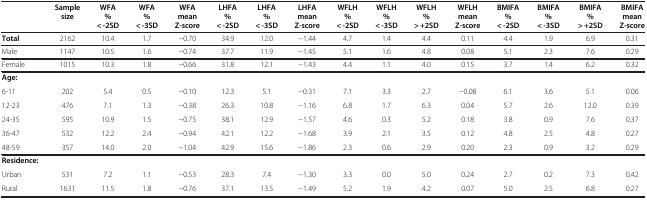
<table><thead><tr><td><b> </b></td><td><b>Sample size</b></td><td><b>WFA % &lt; -2SD</b></td><td><b>WFA % &lt; -3SD</b></td><td><b>WFA mean Z-score</b></td><td><b>LHFA % &lt; -2SD</b></td><td><b>LHFA % &lt; -3SD</b></td><td><b>LHFA mean Z-score</b></td><td><b>WFLH % &lt; -2SD</b></td><td><b>WFLH % &lt; -3SD</b></td><td><b>WFLH % &gt; +2SD</b></td><td><b>WFLH mean Z-score</b></td><td><b>BMIFA % &lt; -2SD</b></td><td><b>BMIFA % &lt; -3SD</b></td><td><b>BMIFA % &gt; +2SD</b></td><td><b>BMIFA mean Z-score</b></td></tr></thead><tbody><tr><td><b>Total</b></td><td>2162</td><td>10.4</td><td>1.7</td><td>−0.70</td><td>34.9</td><td>12.0</td><td>−1.44</td><td>4.7</td><td>1.4</td><td>4.4</td><td>0.11</td><td>4.4</td><td>1.9</td><td>6.9</td><td>0.31</td></tr><tr><td>Male</td><td>1147</td><td>10.5</td><td>1.6</td><td>−0.74</td><td>37.7</td><td>11.9</td><td>−1.45</td><td>5.1</td><td>1.6</td><td>4.8</td><td>0.08</td><td>5.1</td><td>2.3</td><td>7.6</td><td>0.29</td></tr><tr><td>Female</td><td>1015</td><td>10.3</td><td>1.8</td><td>−0.66</td><td>31.8</td><td>12.1</td><td>−1.43</td><td>4.4</td><td>1.1</td><td>4.0</td><td>0.15</td><td>3.7</td><td>1.4</td><td>6.2</td><td>0.32</td></tr><tr><td><b>Age:</b></td><td> </td><td> </td><td> </td><td> </td><td> </td><td> </td><td> </td><td> </td><td> </td><td> </td><td> </td><td> </td><td> </td><td> </td><td> </td></tr><tr><td>6-11</td><td>202</td><td>5.4</td><td>0.5</td><td>−0.10</td><td>12.3</td><td>5.1</td><td>−0.31</td><td>7.1</td><td>3.3</td><td>2.7</td><td>−0.08</td><td>6.1</td><td>3.6</td><td>5.1</td><td>0.06</td></tr><tr><td>12-23</td><td>476</td><td>7.1</td><td>1.3</td><td>−0.38</td><td>26.3</td><td>10.8</td><td>−1.16</td><td>6.8</td><td>1.7</td><td>6.3</td><td>0.04</td><td>5.7</td><td>2.6</td><td>12.0</td><td>0.39</td></tr><tr><td>24-35</td><td>595</td><td>10.9</td><td>1.5</td><td>−0.75</td><td>38.1</td><td>12.9</td><td>−1.57</td><td>4.6</td><td>0.3</td><td>5.2</td><td>0.18</td><td>3.8</td><td>0.9</td><td>7.6</td><td>0.37</td></tr><tr><td>36-47</td><td>532</td><td>12.2</td><td>2.4</td><td>−0.94</td><td>42.1</td><td>12.2</td><td>−1.68</td><td>3.9</td><td>2.1</td><td>3.5</td><td>0.12</td><td>4.8</td><td>2.5</td><td>4.8</td><td>0.27</td></tr><tr><td>48-59</td><td>357</td><td>14.0</td><td>2.0</td><td>−1.04</td><td>42.9</td><td>15.6</td><td>−1.86</td><td>2.3</td><td>0.6</td><td>2.9</td><td>0.20</td><td>2.3</td><td>0.9</td><td>3.2</td><td>0.29</td></tr><tr><td><b>Residence:</b></td><td> </td><td> </td><td> </td><td> </td><td> </td><td> </td><td> </td><td> </td><td> </td><td> </td><td> </td><td> </td><td> </td><td> </td><td> </td></tr><tr><td>Urban</td><td>531</td><td>7.2</td><td>1.1</td><td>−0.53</td><td>28.3</td><td>7.4</td><td>−1.30</td><td>3.3</td><td>0.0</td><td>5.0</td><td>0.24</td><td>2.7</td><td>0.2</td><td>7.3</td><td>0.42</td></tr><tr><td>Rural</td><td>1631</td><td>11.5</td><td>1.8</td><td>−0.76</td><td>37.1</td><td>13.5</td><td>−1.49</td><td>5.2</td><td>1.9</td><td>4.2</td><td>0.07</td><td>5.0</td><td>2.5</td><td>6.8</td><td>0.27</td></tr></tbody></table>